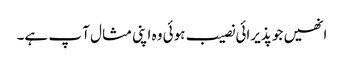
انھیں جو پذیرائی نصیب ہوئی وہ اپنی مثا ل آ پ ہے۔